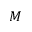
M